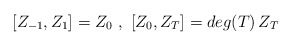
\begin{align*}[Z_{-1} , Z_1] = Z_0 \ , \ [Z_0 , Z_T] = deg(T) \, Z_T \,\end{align*}